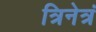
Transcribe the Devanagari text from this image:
त्रिनेत्रं